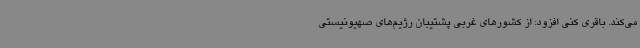
می‌کند. باقری کنی افزود: از کشورهای غربی پشتیبان رژیم‌های صهیونیستی